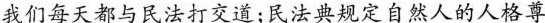
我们每天都与民法打交道;民法典规定自然人的人格尊